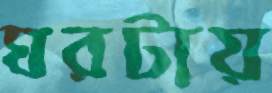
ঘরটায়